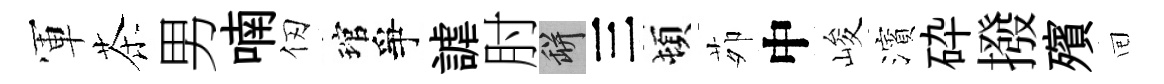
軍茶男喃仞琯爭謔肘瓶三頓茆中峻濱砕撥殯囘